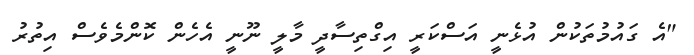
"އެ ގައުމުތަކުން އުޅެނީ އަސްކަރީ އިގްތިސާދީ މާލީ ނޫނީ އެހެން ކޮންމެވެސް އިތުރު